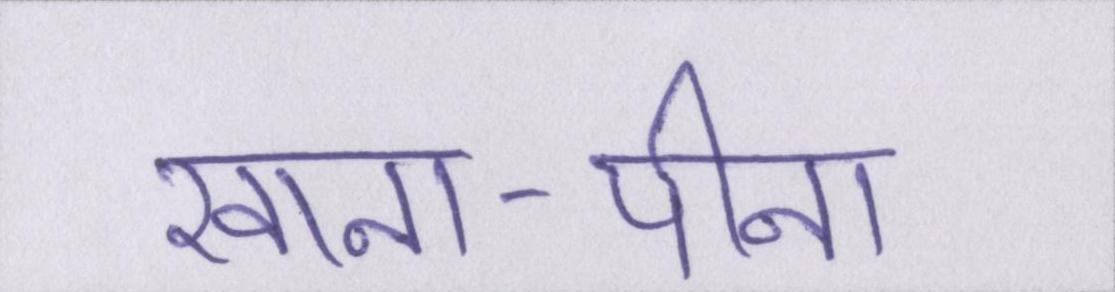
खाना-पीना